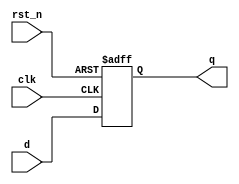
module d_flip_flop (
    input wire clk,          // Clock signal
    input wire rst_n,       // Active-low asynchronous reset
    input wire d,           // Data input
    output reg q            // Data output
);

    // Always block sensitive to negative edge of clk
    always @(negedge clk or negedge rst_n) begin
        if (!rst_n) begin
            // Asynchronous reset
            q <= 1'b0;      // Reset output to 0
        end else begin
            // Capture data input on negative edge of clock
            q <= d;         // Update output with data input
        end
    end

endmodule